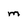
Character: m